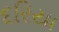
દરિયા